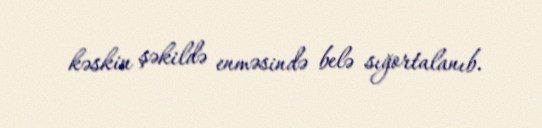
kəskin şəkildə enməsində belə sığortalanıb.